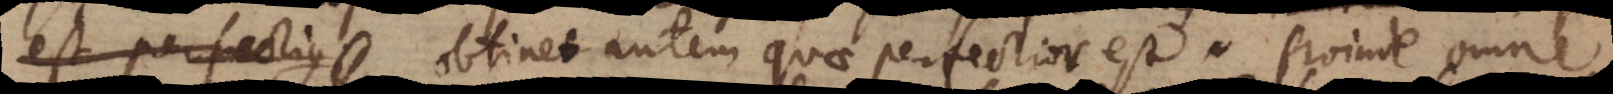
est perfectius; obtinet autem quae perfectior est. Proinde omne